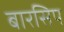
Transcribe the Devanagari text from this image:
बारसिप